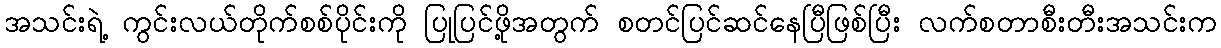
အသင်းရဲ့ ကွင်းလယ်တိုက်စစ်ပိုင်းကို ပြုပြင်ဖို့အတွက် စတင်ပြင်ဆင်နေပြီဖြစ်ပြီး လက်စတာစီးတီးအသင်းက